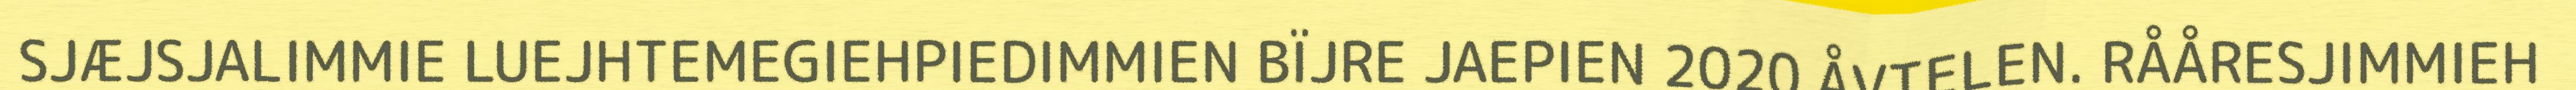
SJÆJSJALIMMIE LUEJHTEMEGIEHPIEDIMMIEN BÏJRE JAEPIEN 2020 ÅVTELEN. RÅÅRESJIMMIEH